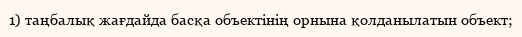
1) таңбалық жағдайда басқа объектінің орнына қолданылатын объект;